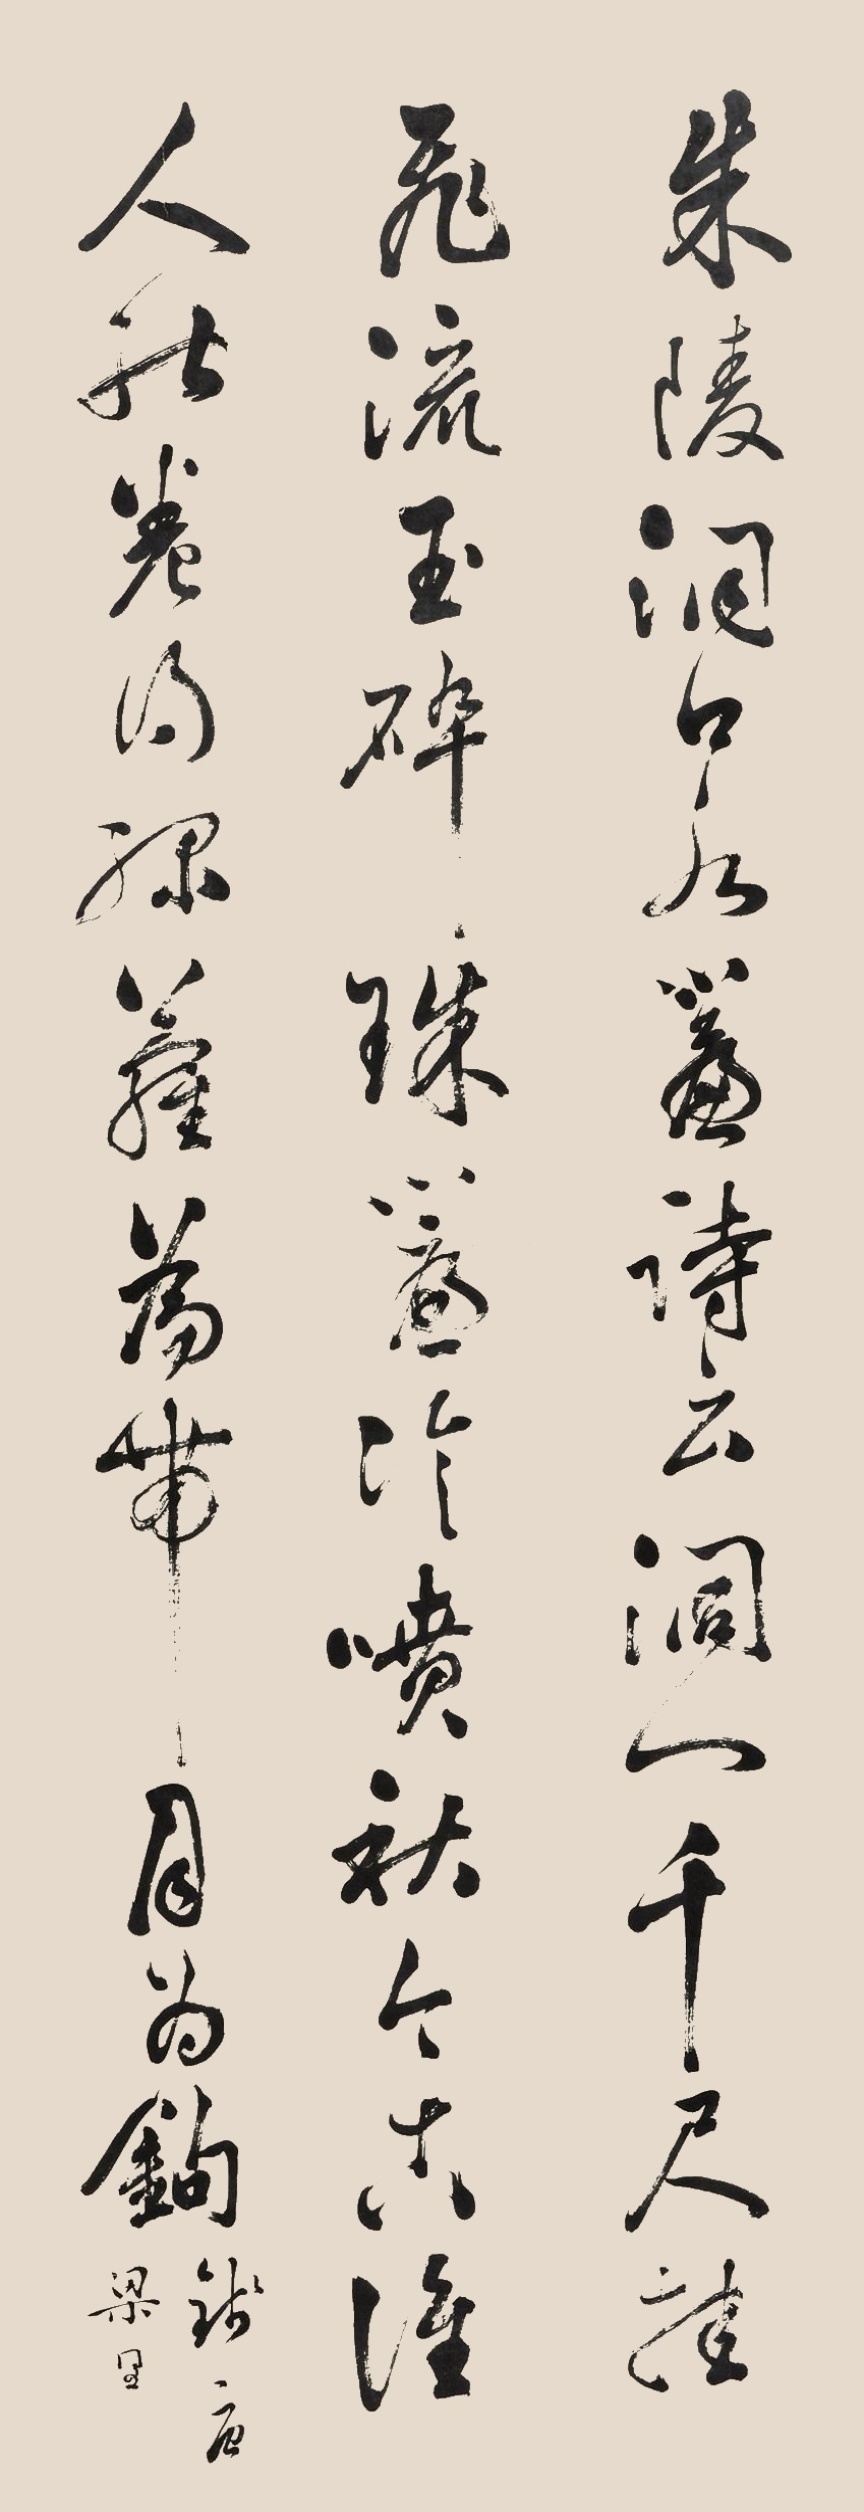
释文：朱陵洞口水帘诗云：“洞门千尺挂飞流，玉碎珠帘冷喷秋。今古谁人能卷得，绿萝为带月为钩。”钱塘梁同书。